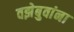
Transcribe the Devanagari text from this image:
वझेबुवांना